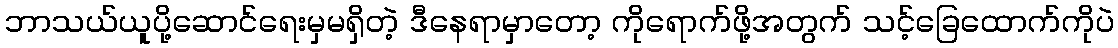
ဘာသယ်ယူပို့ဆောင်ရေးမှမရှိတဲ့ ဒီနေရာမှာတော့ ကိုရောက်ဖို့အတွက် သင့်ခြေထောက်ကိုပဲ